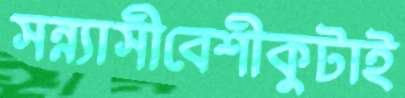
সন্ন্যাসীবেশীকুটাই